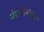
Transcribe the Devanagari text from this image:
नेपालमण्डल